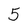
Character: 5